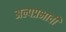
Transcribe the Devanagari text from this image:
अल्पप्रभावी